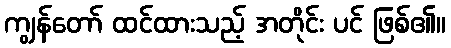
ကျွန်တော် ထင်ထားသည့် အတိုင်း ပင် ဖြစ်၏။